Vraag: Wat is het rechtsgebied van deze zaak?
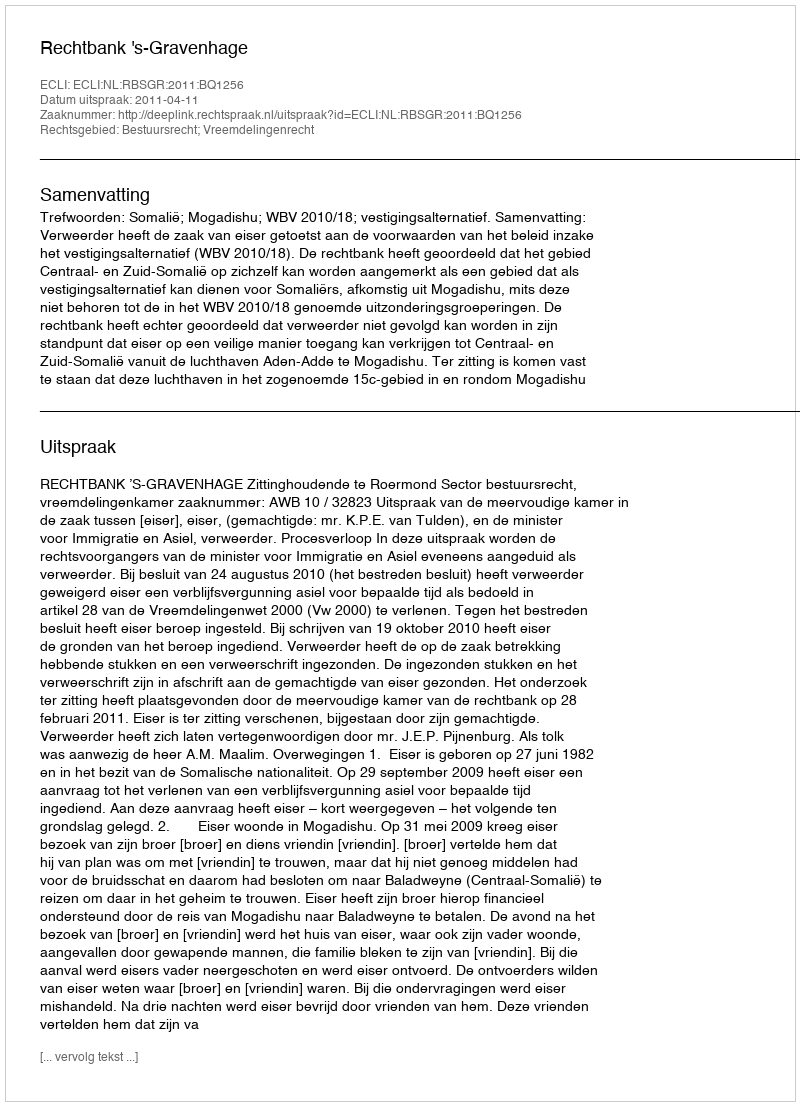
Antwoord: Bestuursrecht; Vreemdelingenrecht